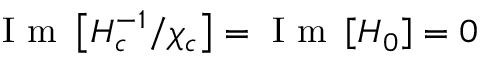
\mathrm { ~ I ~ m ~ } \left[ { H _ { c } ^ { - 1 } / \chi _ { c } } \right] = \mathrm { ~ I ~ m ~ } \left[ H _ { 0 } \right] = 0